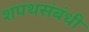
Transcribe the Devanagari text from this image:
शपथसंबंधी